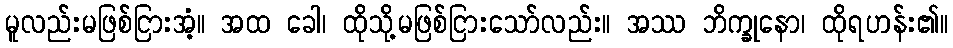
မူလည်းမဖြစ်ငြားအံ့။ အထ ခေါ၊ ထိုသို့မဖြစ်ငြားသော်လည်း။ အဿ ဘိက္ခုနော၊ ထိုရဟန်း၏။